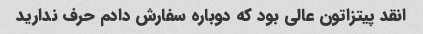
انقد پیتزاتون عالی بود که دوباره سفارش دادم حرف ندارید